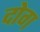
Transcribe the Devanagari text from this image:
दोग